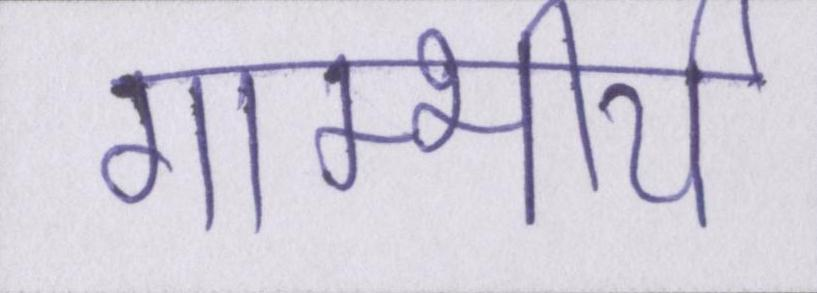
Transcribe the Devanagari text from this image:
गाम्भीर्य